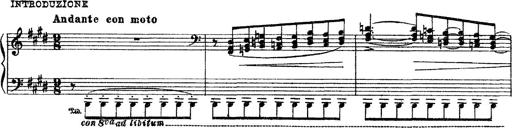
Title: 3 sonetti di Petrarca
Composer: Franz Liszt